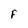
Character: F